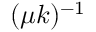
( \mu k ) ^ { - 1 }